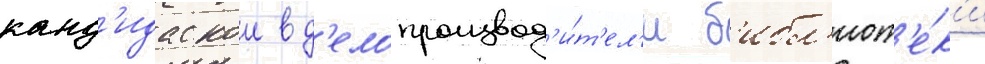
канд'идаткои в д'елопроизвод'и́т'ел'и б'ибл'иот'е́к'и